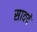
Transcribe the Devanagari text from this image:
सावदे